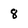
Character: 8